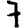
Digit: 7